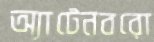
অ্যাটেনবরো